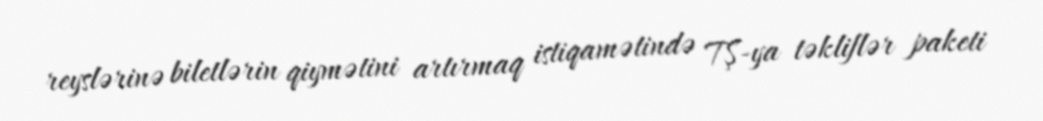
reyslərinə biletlərin qiymətini artırmaq istiqamətində TŞ-ya təkliflər paketi